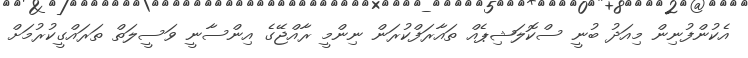
އެކުންފުނިން މިއަދު ބުނީ ސްކޮލަޝިޕެއް ތައާރަފްކުރަން ނިންމީ ރާއްޖޭގެ އިންސާނީ ވަސީލަތް ތަރައްގީކުރުމަށް